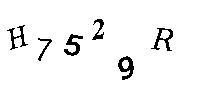
H7529R